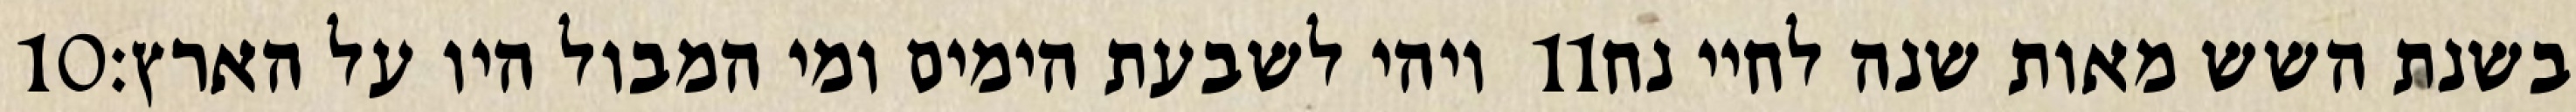
‎10‏ ויהי לשבעת הימים ומי המבול היו על הארץ׃ ‎11‏ בשנת השש מאות שנה לחיי נח